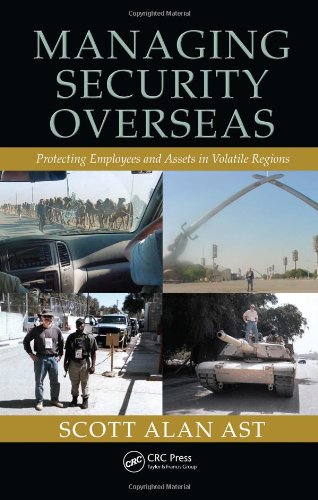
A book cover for Managing Security Overseas: Protecting Employees and Assets in Volatile Regions; Scott Alan Ast; Business & Money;